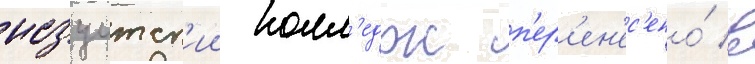
иезуитск'ии колл'едж п'ер'ен'ес'ено́ в